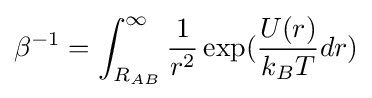
\beta ^{-1}=\int _{R_{AB}}^{\infty }{\frac {1}{r^{2}}}\exp({\frac {U(r)}{k_{B}T}}dr)